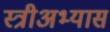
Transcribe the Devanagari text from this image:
स्त्रीअभ्यास